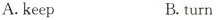
A.keep B.turn